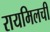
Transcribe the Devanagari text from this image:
रायमिलची